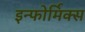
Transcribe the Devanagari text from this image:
इन्फोर्मिक्स